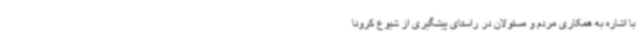
با اشاره به همکاری مردم و مسئولان در راستای پیشگیری از شیوع کرونا